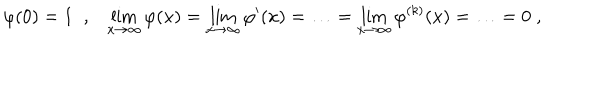
LaTeX: \varphi ( 0 ) = 1 \; \; , \lim _ { x \to \infty } \varphi ( x ) = \lim _ { x \to \infty } \varphi ^ { \prime } ( x ) = \ldots = \lim _ { x \to \infty } \varphi ^ { ( k ) } ( x ) = \ldots = 0 \; ,